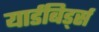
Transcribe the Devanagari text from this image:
यार्डबिर्ड्स